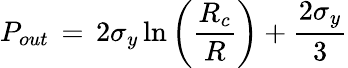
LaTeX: P_{out}\, =\, 2\sigma_{y}\ln\left(\frac{R_{c}}{R}\right)+\frac{2\sigma_{y}}{3}